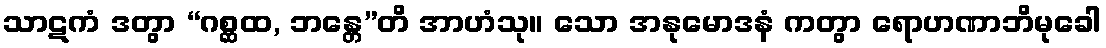
သာဋကံ ဒတွာ “ဂစ္ဆထ, ဘန္တေ”တိ အာဟံသု။ သော အနုမောဒနံ ကတွာ ရောဟဏာဘိမုခေါ